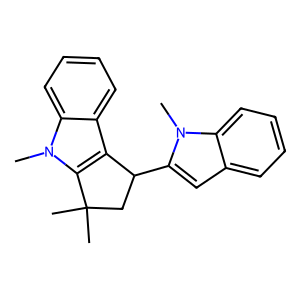
SMILES: Cn1c(C2CC(C)(C)c3c2c2ccccc2n3C)cc2ccccc21
Inhibits HIV replication: No